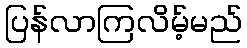
ပြန်လာကြလိမ့်မည်